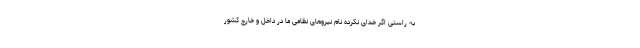
به راستی اگر خدای نکرده نام نیروهای نظامی ما در داخل و خارج کشور